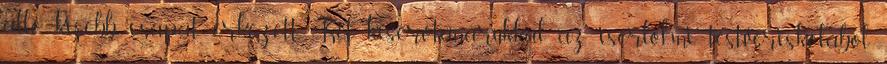
álló kisebb csapat érkezett. Két kísérőtanárukkal az iserlohni testvériskolából